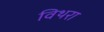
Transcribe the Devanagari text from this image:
विथरा